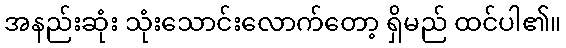
အနည်းဆုံး သုံးသောင်းလောက်တော့ ရှိမည် ထင်ပါ၏။